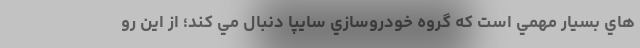
هاي بسيار مهمي است كه گروه خودروسازي سايپا دنبال مي كند؛ از اين رو